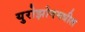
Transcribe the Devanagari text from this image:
युरोझोनमधील